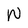
Character: W